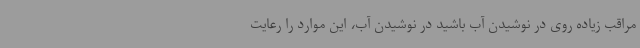
مراقب زیاده روی در نوشیدن آب باشید در نوشیدن آب، این موارد را رعایت